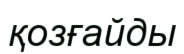
қозғайды